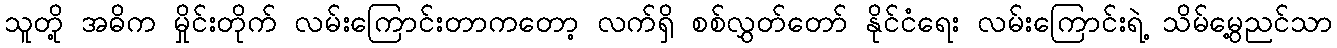
သူတို့ အဓိက မှိုင်းတိုက် လမ်းကြောင်းတာကတော့ လက်ရှိ စစ်လွှတ်တော် နိုင်ငံရေး လမ်းကြောင်းရဲ့ သိမ်မွေ့ညင်သာ